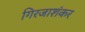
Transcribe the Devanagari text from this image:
गिरजाशंकर